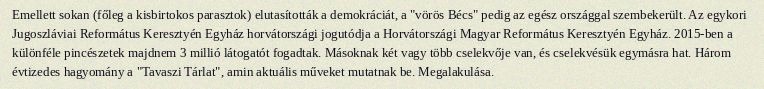
Emellett sokan (főleg a kisbirtokos parasztok) elutasították a demokráciát, a "vörös Bécs" pedig az egész országgal szembekerült. Az egykori Jugoszláviai Református Keresztyén Egyház horvátországi jogutódja a Horvátországi Magyar Református Keresztyén Egyház. 2015-ben a különféle pincészetek majdnem 3 millió látogatót fogadtak. Másoknak két vagy több cselekvője van, és cselekvésük egymásra hat. Három évtizedes hagyomány a "Tavaszi Tárlat", amin aktuális műveket mutatnak be. Megalakulása.